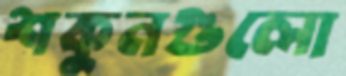
শকুনগুলো